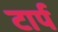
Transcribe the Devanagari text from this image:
टार्प